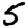
Digit: 5